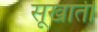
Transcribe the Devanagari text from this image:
सूखाती